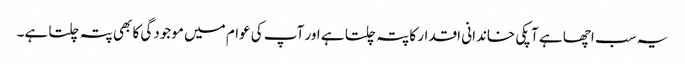
یہ سب اچھا ہے آپکی خاندانی اقدار کا پتہ چلتا ہے اور آپ کی عوام میں موجودگی کا بھی پتہ چلتا ہے۔